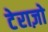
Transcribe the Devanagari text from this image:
टेराज़ो